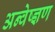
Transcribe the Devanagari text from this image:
अन्वेष्ज्ञण